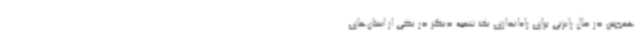
همچنین در حال رایزنی برای راه‌اندازی یک شعبه دیگر در یکی از استان‌های